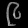
Digit: ၉